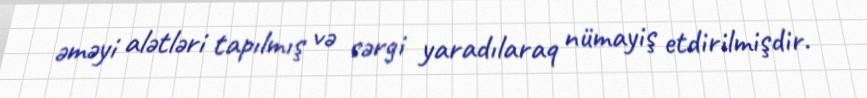
əməyi alətləri tapılmış və sərgi yaradılaraq nümayiş etdirilmişdir.